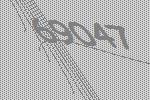
69047